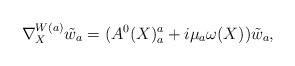
LaTeX: \begin{align*} \nabla^{ W(a)}_{X}\tilde w_a = (A^0(X)_a^a+i\mu_a\omega(X))\tilde w_a ,\end{align*}